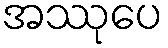
အဿုပေ